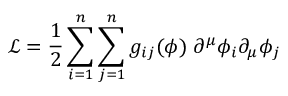
{ \mathcal { L } } = { \frac { 1 } { 2 } } \sum _ { i = 1 } ^ { n } \sum _ { j = 1 } ^ { n } g _ { i j } ( \phi ) \; \partial ^ { \mu } \phi _ { i } \partial _ { \mu } \phi _ { j }